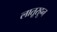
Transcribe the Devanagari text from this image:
लातूरहून